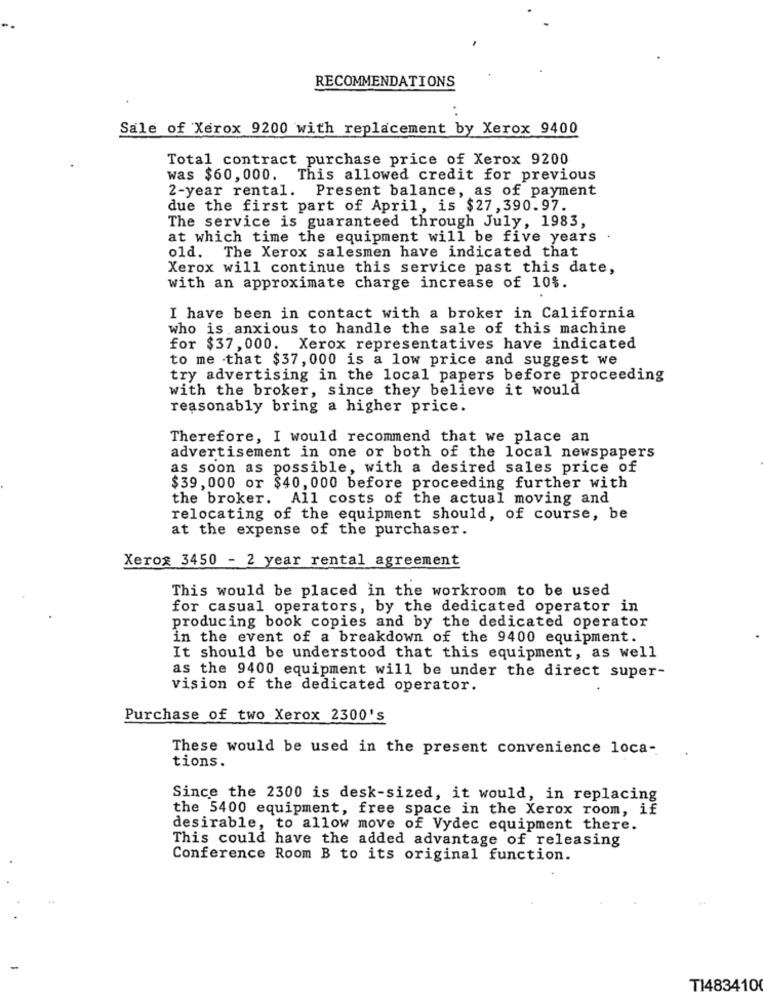
RECOMMENDATIONS
Sale of Xerox 9200 with replacement by Xerox 9400
Total contract purchase price of Xerox 9200
was $60, 000. This allowed credit for previous
2-year rental. Present balance, as of payment
due the first part of April, is $27, 390.97.
The service is guaranteed through July, 1983,
at which time the equipment will be five years
old. The Xerox salesmen have indicated that
Xerox will continue this service past this date,
with an approximate charge increase of 10$.
I have been in contact with a broker in California
who is anxious to handle the sale of this machine
for $37, 000. Xerox representatives have indicated
to me that $37, 000 is a low price and suggest we
try advertising in the local papers before proceeding
with the broker, since they believe it would
reasonably bring a higher price.
Therefore, I would recommend that we place an
advertisement in one or both of the local newspapers
as soon as possible, with a desired sales price of
$39, 000 or $40, 000 before proceeding further with
the broker. All costs of the actual moving and
relocating of the equipment should, of course, be
at the expense of the purchaser.
Xerox 3450 - 2 year rental agreement
This would be placed in the workroom to be used
for casual operators, by the dedicated operator in
producing book copies and by the dedicated operator
in the event of a breakdown of the 9400 equipment.
It should be understood that this equipment, as well
as the 9400 equipment will be under the direct super-
vision of the dedicated operator.
Purchase of two Xerox 2300's
These would be used in the present convenience loca-
tions.
Since the 2300 is desk-sized, it would, in replacing
the 5400 equipment, free space in the Xerox room, if
desirable, to allow move of Vydec equipment there.
This could have the added advantage of releasing
Conference Room B to its original function.
TI483410